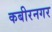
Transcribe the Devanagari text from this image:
कबीरनगर